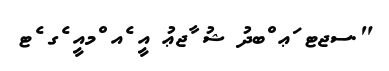
".ސޖޓ ަޢ ްބދު ޝު ާޖޢު އީ ެއ ްމއީ ެގ ެޓ